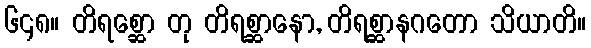
၆၄၈။ တိရစ္ဆော တု တိရစ္ဆာနော, တိရစ္ဆာနဂတော သိယာတိ။